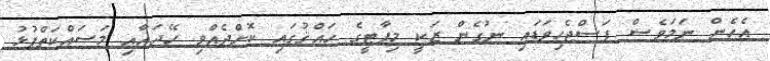
އެހެން ނަމަވެސް ފަސްޖެހިވަޑައި ނުގެން ޒަކީ މިޕާޓީގެ ހައްޤުގައި ކޮށްދެއްވި ހޭދައާއި މަސައްކަތްޕުޅު